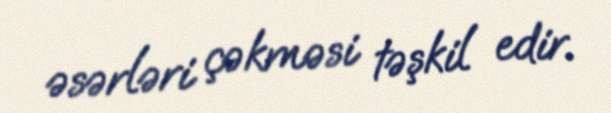
əsərləri çəkməsi təşkil edir.